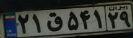
۲۱ق۵۴۱۲۹